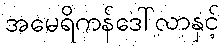
အမေရိကန်ဒေါ်လာနှင့်